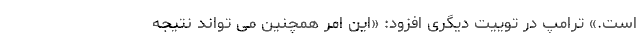
است.» ترامپ در توییت دیگری افزود: «این امر همچنین می تواند نتیجه